Scientific memoirs by medical officers of the Army of India - Part IV,
Year: 1889
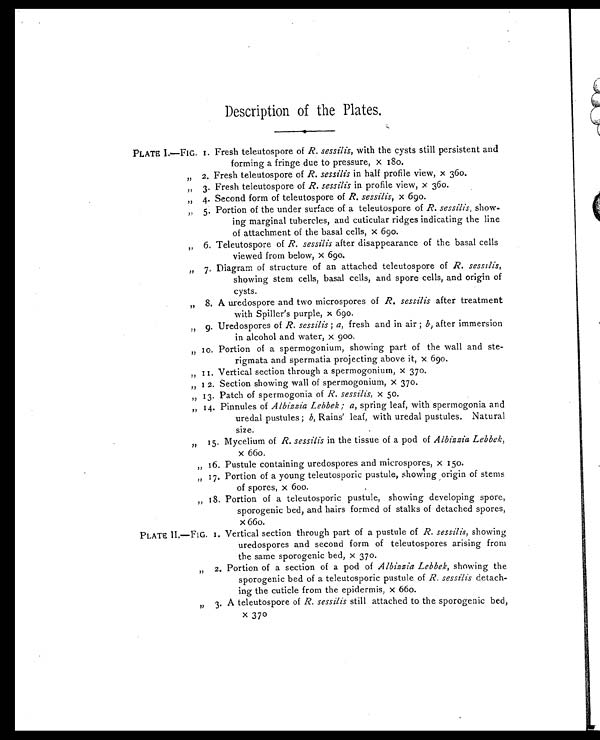
Description of the Plates.
PLATE I.—FIG. I. Fresh teleutospore of R. sessilis, with the cysts still persistent and
forming a fringe due to pressure, x 180.
" 2. Fresh teleutospore of R. sessilis in half profile view, x 360.
" 3. Fresh teleutospore of R. sessilis in profile view, x 360.
" 4. Second form of teleutospore of R. sessilis, x 690.
" 5. Portion of the under surface of a teleutospore of R. sessilis, show
-ing marginal tubercles, and cuticular ridges indicating the line
of attachment of the basal cells, x 690.
" 6. Teleutospore of R. sessilis after disappearance of the basal cells
viewed from below, x 690.
" 7. Diagram of structure of an attached teleutospore of R. sessilis,
showing stem cells, basal cells, and spore cells, and origin of
cysts.
" 8. A uredospore and two microspores of R. sessilis after treatment
with Spiller's purple, x 690.
" 9. Uredospores of R. sessilis; a, fresh and in air; b, after immersion
in alcohol and water, x 900.
" 10. Portion of a spermogonium, showing part of the wall and ste
-rigmata and spermatia projecting above it, x 690.
" 11. Vertical section through a spermogonium, x 370.
" 12. Section showing wall of spermogonium, x 370.
" 13. Patch of spermogonia of R. sessilis, x 50.
" 14. Pinnules of Albizzia Lebbek; a, spring leaf, with spermogonia and
uredal pustules; b, Rains' leaf, with uredal pustules. Natural
size.
" 15. Mycelium of R. sessilis in the tissue of a pod of Albizzia Lebbek,
x 660.
" 16. Pustule containing uredospores and microspores, x 150.
" 17. Portion of a young teleutosporic pustule, showing origin of stems
of spores, x 600.
" 18. Portion of a teleutosporic pustule, showing developing spore,
sporogenic bed, and hairs formed of stalks of detached spores,
x 660.
PLATE II.-FIG. 1. Vertical section through part of a pustule of R. sessilis, showing
uredospores and second form of teleutospores arising from
the same sporogenic bed, x 370.
" 2 . P o r t i o n o f a s e c t i o n o f a p o d o fA
l b i z z i a L e b b e k ,
s h o w i n g t h e
sporogenic bed of a teleutosporic pustule of R . s e s s i l i s detach
- i n g t h e c u t i c l e f r o m t h e e p i d e r m i s , x 6 6 0 .
„
" 3. A t el eut ospor e of R. sessi l i s st i l l at t ached t o t he spor ogeni c bed,
x 370